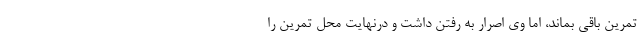
تمرین باقی بماند، اما وی اصرار به رفتن داشت و درنهایت محل تمرین را